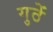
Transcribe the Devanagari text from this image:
गुठें